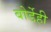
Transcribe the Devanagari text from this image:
बोर्डेही